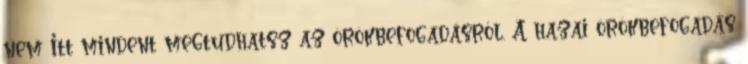
nem Itt mindent megtudhatsz az örökbefogadásról. A hazai örökbefogadás